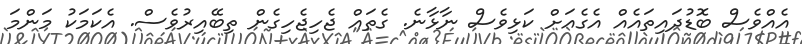
އެއްވެސް ބޮޑުދައިތައެއް އެގެއަށް ކަޅިވެސް ނާޅާނެ. ގެތައް ޖެހިޖެހިގެން ތިބޭއިރުވެސް. އެކަމަކު މަންމަ